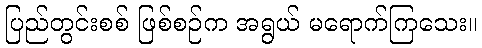
ပြည်တွင်းစစ် ဖြစ်စဉ်က အရွယ် မရောက်ကြသေး။